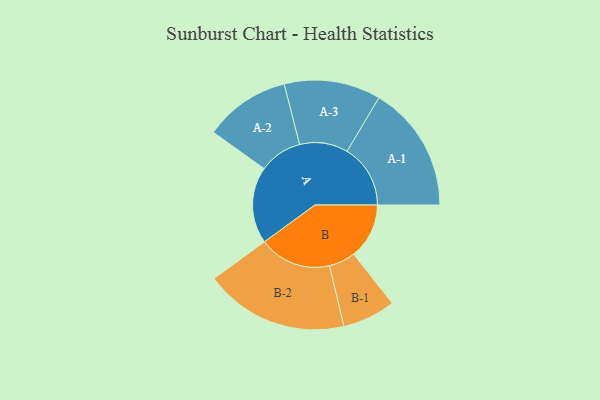
{"axis": {"x": "Segment", "y": "Value"}, "legend": ["", "A", "B"], "data": [{"x": "A", "y": 289, "type": ""}, {"x": "B", "y": 209, "type": ""}, {"x": "A-1", "y": 239, "type": "A"}, {"x": "A-2", "y": 162, "type": "A"}, {"x": "A-3", "y": 182, "type": "A"}, {"x": "B-1", "y": 100, "type": "B"}, {"x": "B-2", "y": 272, "type": "B"}]}